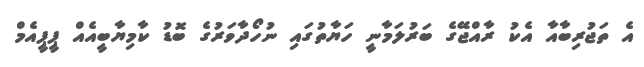
އެ ތަޖުރިބާއާ އެކު ރާއްޖޭގެ ބަރުލަމާނީ ހަޔާތުގައި ނުހޯދާވަރުގެ ބޮޑު ކާމިޔާބީއެއް ޕީޕީއެމް